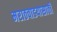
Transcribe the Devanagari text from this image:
मराठवाडयासाठी